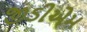
જીડીએમ